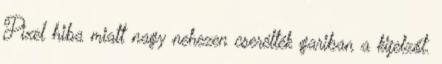
Pixel hiba miatt nagy nehezen cserélték gariban a kijelzőt.